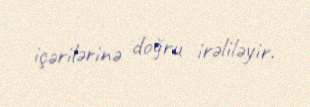
içərilərinə doğru irəliləyir.